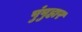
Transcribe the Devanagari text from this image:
पुंपुहार